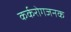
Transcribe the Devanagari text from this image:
कर्करोगजनक